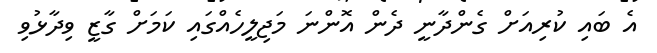
އެ ބައި ކުރިއަށް ގެންދާނީ ދެން އޮންނަ މަޖިލީހެއްގައި ކަމަށް ގާޒީ ވިދާޅުވި